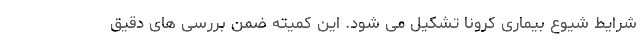
شرایط شیوع بیماری کرونا تشکیل می شود. این کمیته ضمن بررسی های دقیق